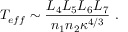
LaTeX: T _ { e f f } \sim { \frac { L _ { 4 } L _ { 5 } L _ { 6 } L _ { 7 } } { n _ { 1 } n _ { 2 } \kappa ^ { 4 / 3 } } } \ .